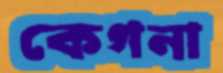
কেগনা